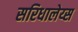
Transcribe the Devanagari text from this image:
सरिधालेय्स